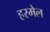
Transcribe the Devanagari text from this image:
हरमेल